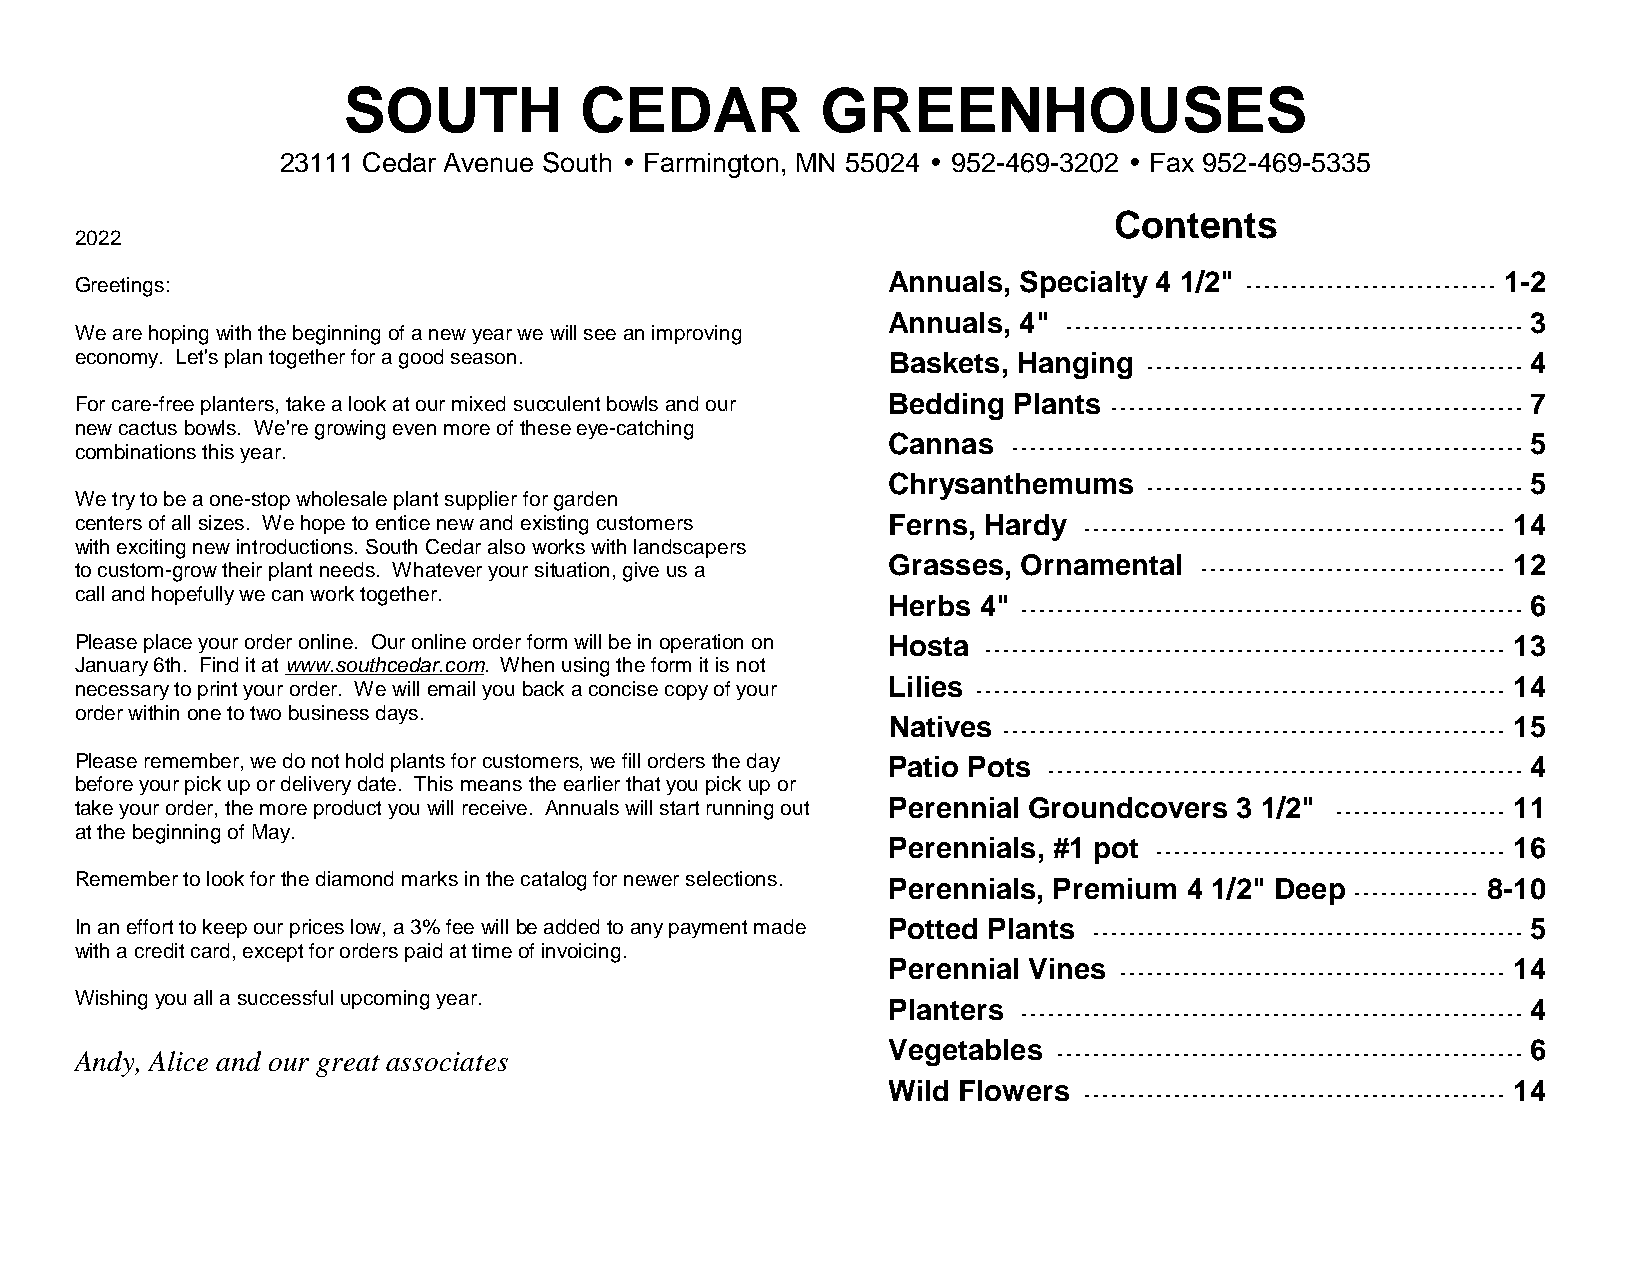
SOUTH          CEDAR           GREENHOUSES
 23111 Cedar Avenue South w Farmington, MN 55024 w 952-469-3202 w Fax 952-469-5335
 Contents
 2022
 Annuals, Specialty 4 1/2"               1-2
 Greetings:                                                                   ----------------------------
 Annuals, 4"                               3
 We are hoping with the beginning of a new year we will see an improving ---------------------------------------------------
 economy. Let's plan together for a good season.       Baskets, Hanging                          4
 ------------------------------------------
 For care-free planters, take a look at our mixed succulent bowls and our Bedding Plants ---------------------------------------------- 7
 new cactus bowls. We're growing even more of these eye-catching
 Cannas                                    5
 combinations this year.                                       ---------------------------------------------------------
 Chrysanthemums                            5
 ------------------------------------------
 We try to be a one-stop wholesale plant supplier for garden
 centers of all sizes. We hope to entice new and existing customers Ferns, Hardy                14
 -----------------------------------------------
 with exciting new introductions. South Cedar also works with landscapers
 Grasses, Ornamental                      12
 to custom-grow their plant needs. Whatever your situation, give us a      ----------------------------------
 call and hopefully we can work together.
 Herbs 4"                                  6
 --------------------------------------------------------
 Please place your order online. Our online order form will be in operation on Hosta            13
 ----------------------------------------------------------
 January 6th. Find it at www.southcedar.com. When using the form it is not
 Lilies                                   14
 necessary to print your order. We will email you back a concise copy of your -----------------------------------------------------------
 order within one to two business days.
 Natives                                  15
 --------------------------------------------------------
 Please remember, we do not hold plants for customers, we fill orders the day Patio Pots         4
 -----------------------------------------------------
 before your pick up or delivery date. This means the earlier that you pick up or
 take your order, the more product you will receive. Annuals will start running out Perennial Groundcovers 3 1/2" ------------------- 11
 at the beginning of May.
 Perennials, #1 pot                       16
 ---------------------------------------
 Remember to look for the diamond marks in the catalog for newer selections. Perennials, Premium 4 1/2" Deep 8-10
 --------------
 In an effort to keep our prices low, a 3% fee will be added to any payment made Potted Plants   5
 ------------------------------------------------
 with a credit card, except for orders paid at time of invoicing.
 Perennial Vines                          14
 -------------------------------------------
 Wishing you all a successful upcoming year.
 Planters                                  4
 --------------------------------------------------------
 Vegetables                                6
 Andy, Alice and our great associates                             ----------------------------------------------------
 Wild Flowers                             14
 -----------------------------------------------